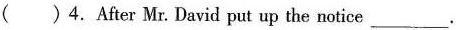
( )4.After Mr. David put up the notice___.